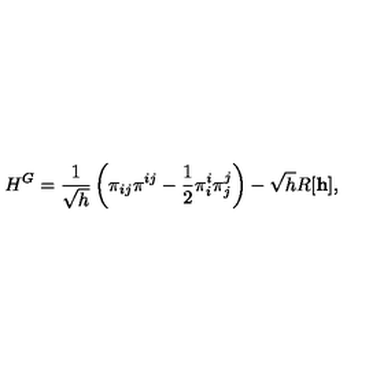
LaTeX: { } H ^ { G } = \frac { 1 } { \sqrt { h } } \left( { \pi } _ { i j } { \pi } ^ { i j } - \frac { 1 } { 2 } { \pi } _ { i } ^ { i } { \pi } _ { j } ^ { j } \right) - \sqrt { h } R [ { \bf h } ] ,